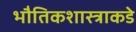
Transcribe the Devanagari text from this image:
भौतिकशास्त्राकडे